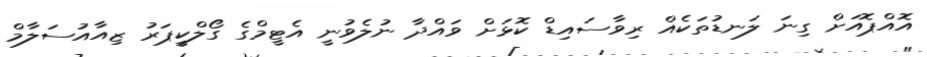
އޮއްޕޮއަށް ގިނަ ލަނޑުތަކެއް ރިވާސައިޑް ކޮޅަށް ވައްދާ ނުލެވުނީ އެޓީމްގެ ގޯލްކީޕަރު ޒިއާއުސަލާމް